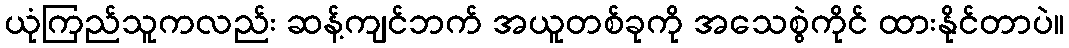
ယုံကြည်သူကလည်း ဆန့်ကျင်ဘက် အယူတစ်ခုကို အသေစွဲကိုင် ထားနိုင်တာပဲ။